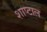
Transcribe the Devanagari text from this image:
शाप्टाल